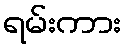
ရမ်းကား